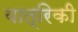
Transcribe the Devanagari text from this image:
यात्रिकी